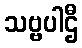
သဗ္ဗပါဌီ